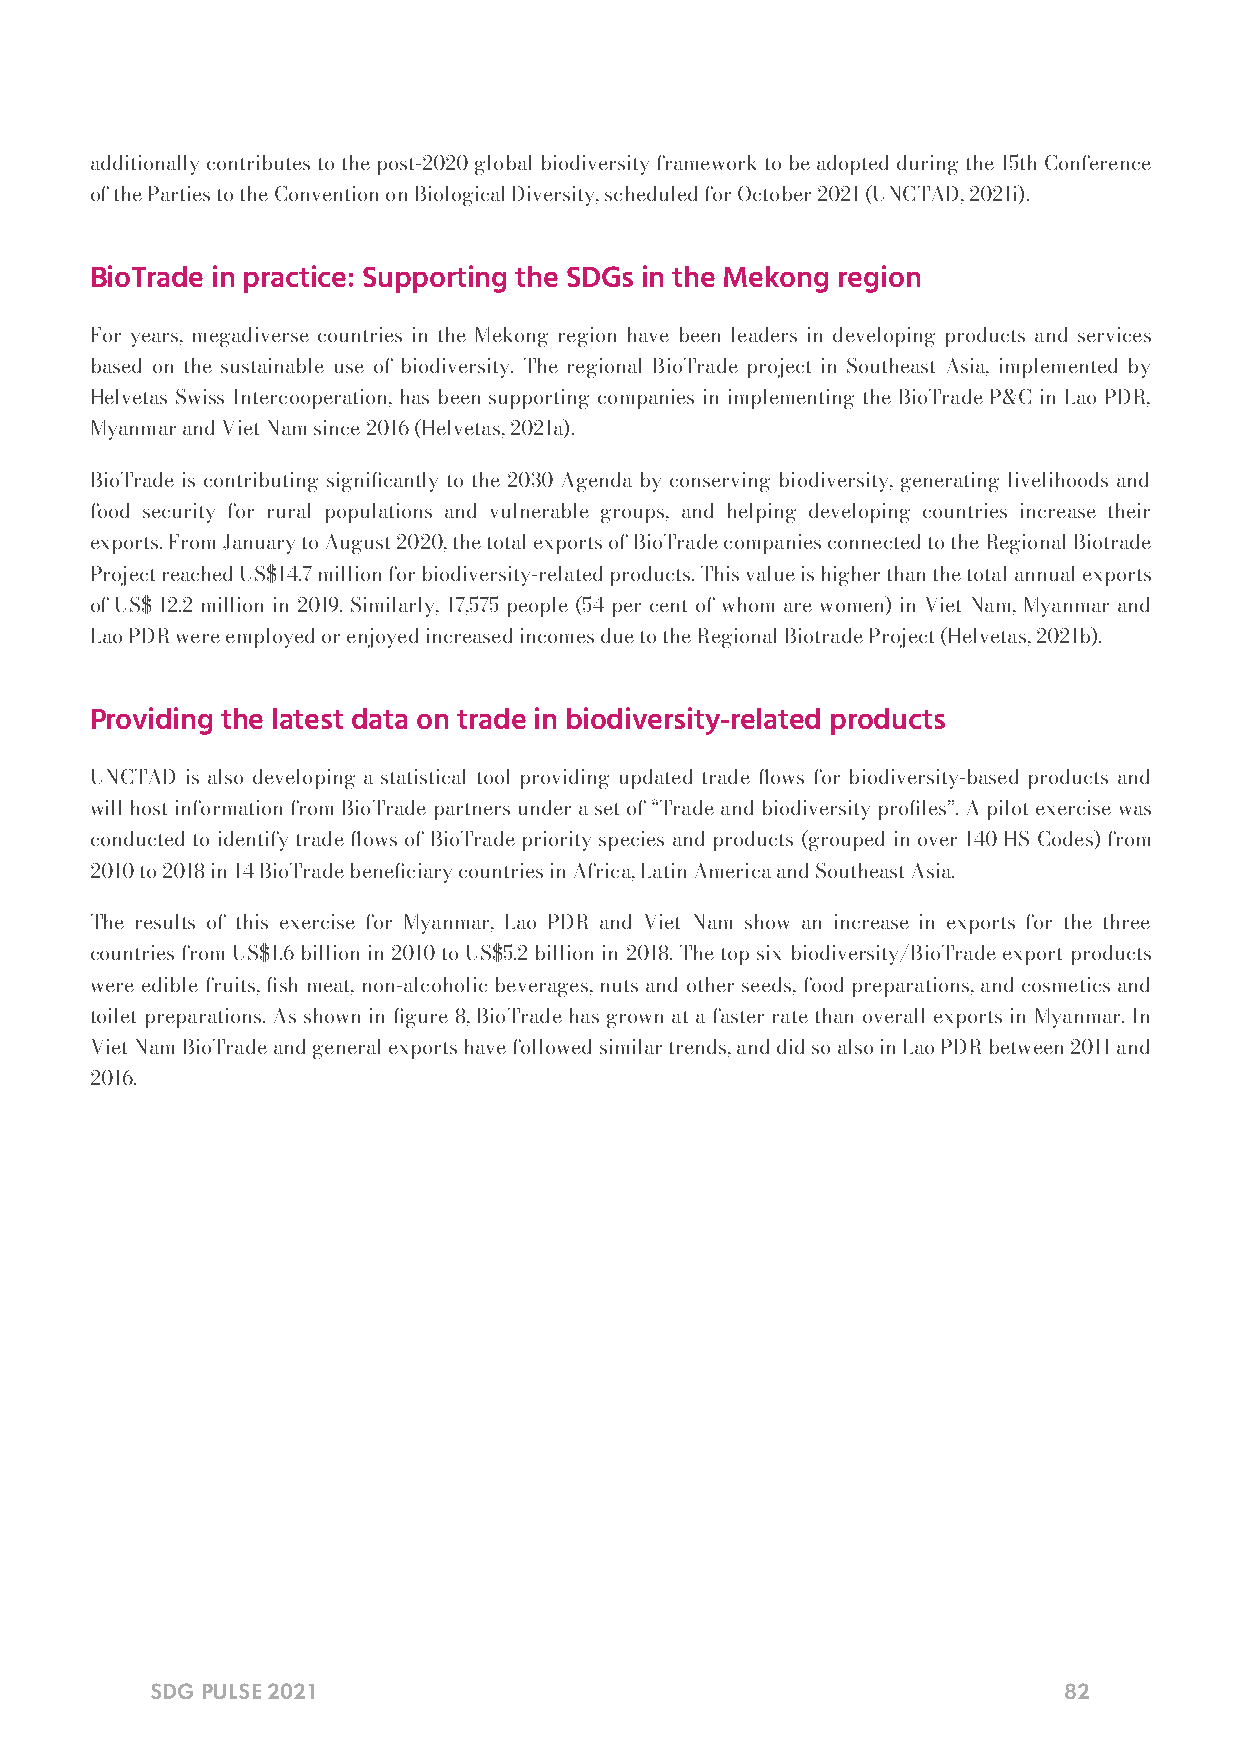
additionally contributes to the post-2020 global biodiversity framework to be adopted during the 15th Conference
 of the Parties to the Convention on Biological Diversity, scheduled for October 2021 (UNCTAD, 2021i).
 BioTrade in practice: Supporting the SDGs in the Mekong region
 For years, megadiverse countries in the Mekong region have been leaders in developing products and services
 based on the sustainable use of biodiversity. The regional BioTrade project in Southeast Asia, implemented by
 Helvetas Swiss Intercooperation, has been supporting companies in implementing the BioTrade P&C in Lao PDR,
 Myanmar and Viet Nam since 2016 (Helvetas, 2021a).
 BioTrade is contributing signicantly to the 2030 Agenda by conserving biodiversity, generating livelihoods and
 food security for rural populations and vulnerable groups, and helping developing countries increase their
 exports. From January to August 2020, the total exports of BioTrade companies connected to the Regional Biotrade
 Project reached US$14.7 million for biodiversity-related products. This value is higher than the total annual exports
 of US$ 12.2 million in 2019. Similarly, 17,575 people (54 per cent of whom are women) in Viet Nam, Myanmar and
 Lao PDR were employed or enjoyed increased incomes due to the Regional Biotrade Project (Helvetas, 2021b).
 Providing the latest data on trade in biodiversity-related products
 UNCTAD is also developing a statistical tool providing updated trade ows for biodiversity-based products and
 will host information from BioTrade partners under a set of “Trade and biodiversity proles”. A pilot exercise was
 conducted to identify trade ows of BioTrade priority species and products (grouped in over 140 HS Codes) from
 2010 to 2018 in 14 BioTrade beneciary countries in Africa, Latin America and Southeast Asia.
 The results of this exercise for Myanmar, Lao PDR and Viet Nam show an increase in exports for the three
 countries from US$1.6 billion in 2010 to US$5.2 billion in 2018. The top six biodiversity/BioTrade export products
 were edible fruits, sh meat, non-alcoholic beverages, nuts and other seeds, food preparations, and cosmetics and
 toilet preparations. As shown in gure 8, BioTrade has grown at a faster rate than overall exports in Myanmar. In
 Viet Nam BioTrade and general exports have followed similar trends, and did so also in Lao PDR between 2011 and
 2016.
 SDG PULSE 2021                                              82